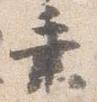
乗